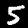
Digit: 5